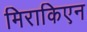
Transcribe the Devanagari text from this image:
मिराकिएन